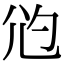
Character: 尦